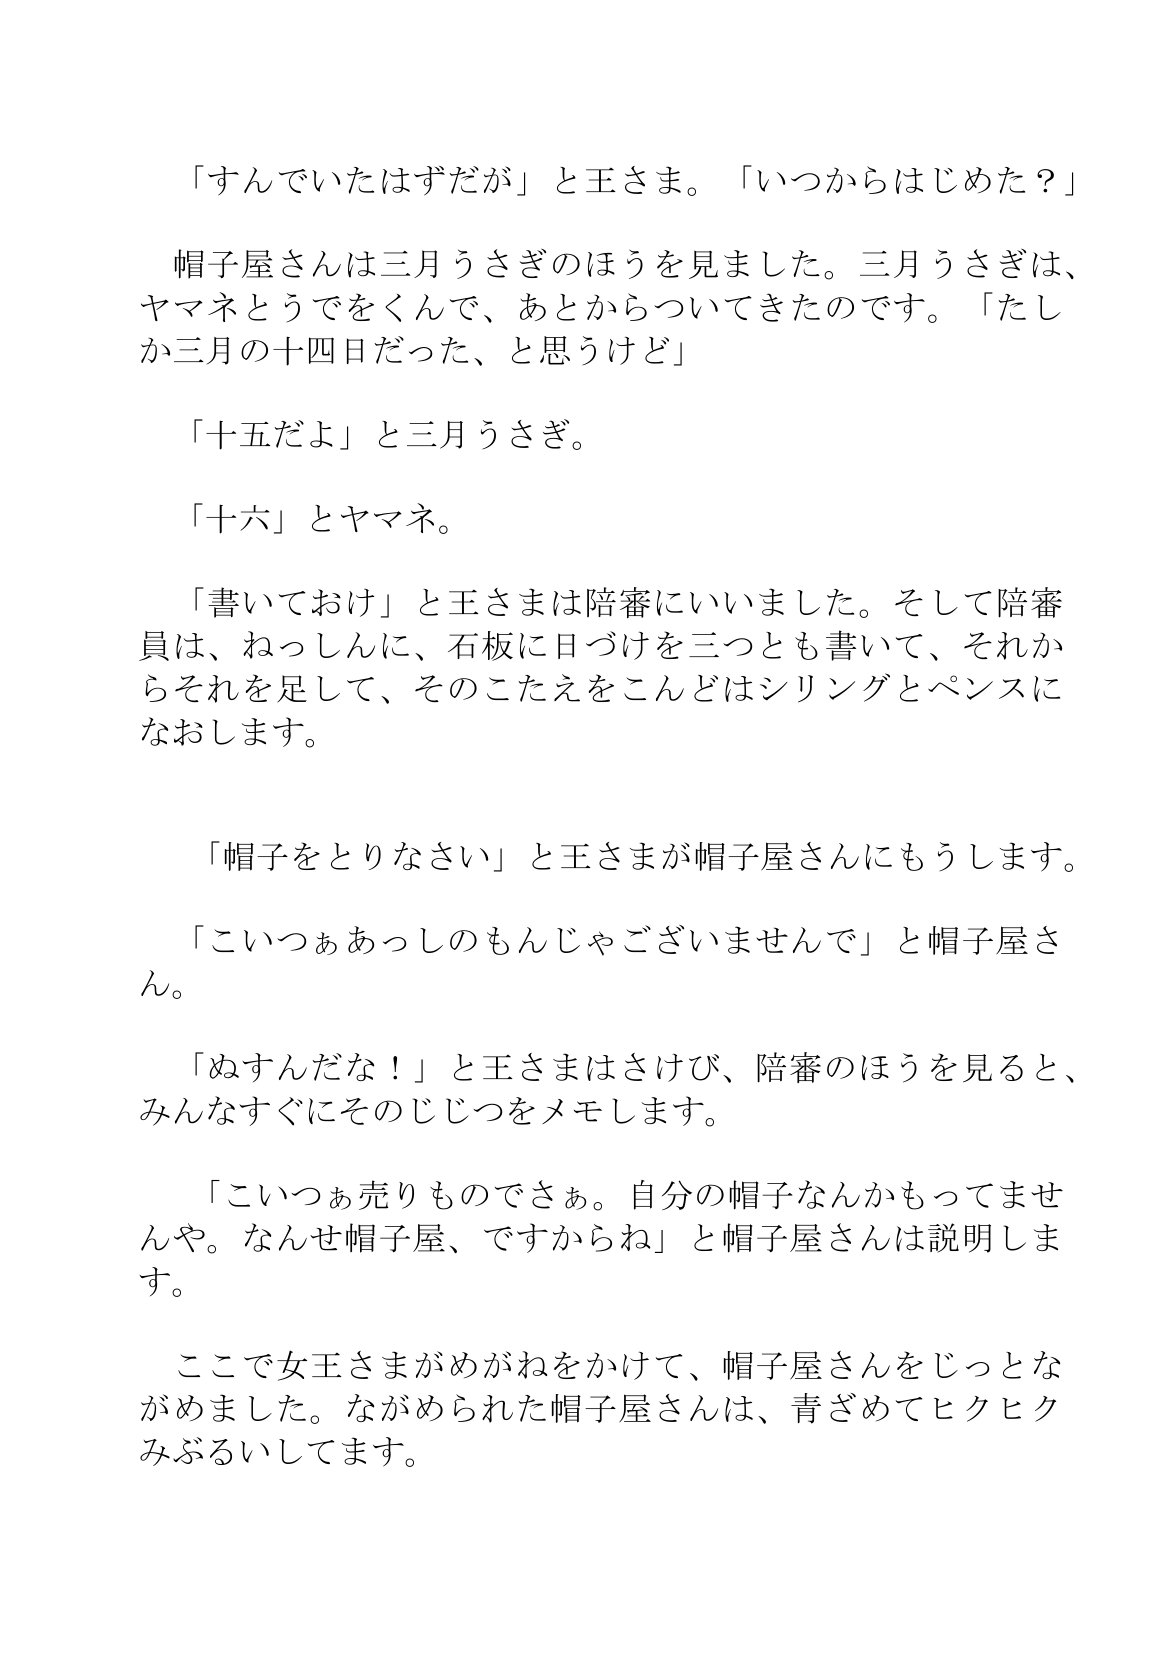
Language: ja